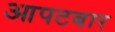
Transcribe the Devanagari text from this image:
आपटबार